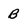
Character: B